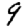
Digit: 9